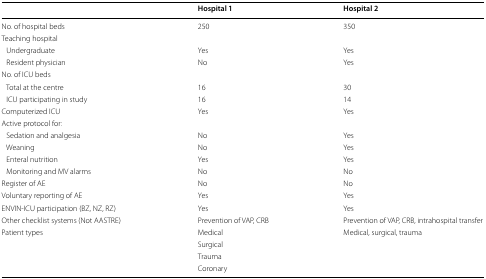
|  | Hospital 1 | Hospital 2 |
 | --- | --- | --- |
 | No. of hospital beds | 250 | 350 |
 | Teaching hospital |  |  |
 | Undergraduate | Yes | Yes |
 | Resident physician | No | Yes |
 | No. of ICU beds |  |  |
 | Total at the centre | 16 | 30 |
 | ICU participating in study | 16 | 14 |
 | Computerized ICU | Yes | Yes |
 | Active protocol for: |  |  |
 | Sedation and analgesia | No | Yes |
 | Weaning | No | Yes |
 | Enteral nutrition | Yes | Yes |
 | Monitoring and MV alarms | No | No |
 | Register of AE | No | No |
 | Voluntary reporting of AE | Yes | Yes |
 | ENVIN-ICU participation (BZ, NZ, RZ) | Yes | Yes |
 | Other checklist systems (Not AASTRE) | Prevention of VAP, CRB | Prevention of VAP, CRB, intrahospital transfer |
 | Patient types | Medical | Medical, surgical, trauma |
 |  | Surgical |  |
 |  | Trauma |  |
 |  | Coronary |  |